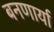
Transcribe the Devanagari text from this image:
बनणार्या